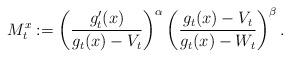
LaTeX: \begin{align*}M_{t}^{x}:=\left(\frac{g_{t}'(x)}{g_{t}(x)-V_{t}}\right)^{\alpha}\left(\frac{g_{t}(x)-V_{t}}{g_{t}(x)-W_{t}}\right)^{\beta}.\end{align*}